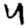
Digit: 4